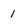
Character: 1